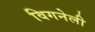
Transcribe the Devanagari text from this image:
विगनेली